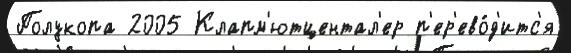
Полукопа 2005 Клапм'ютцентал'ер п'ер'ево́д'итс'я